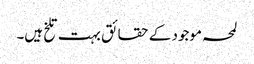
لمحہ موجود کے حقائق بہت تلخ ہیں۔